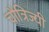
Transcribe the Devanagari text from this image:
चौत्रिज्यी